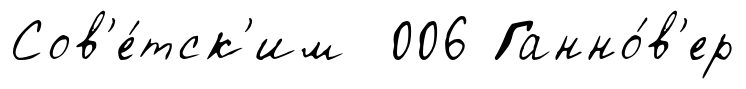
Сов'е́тск'им 006 Ганно́в'ер